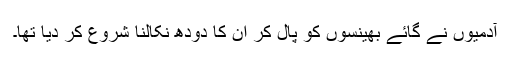
آدمیوں نے گائے بھینسوں کو پال کر ان کا دودھ نکالنا شروع کر دیا تھا۔